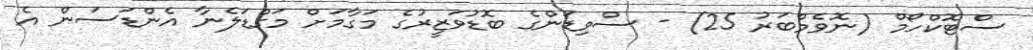
ސްޓޮކްހޯމް (ނޮވެމްބަރު 25) - ސްވިޑަންގެ ބޮޑުވަޒީރުގެ މަގާމަށް މަގްޑަލެނާ އެންޑަސަން އެ